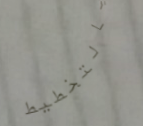
بالتخطيط